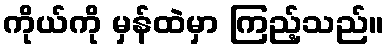
ကိုယ်ကို မှန်ထဲမှာ ကြည့်သည်။